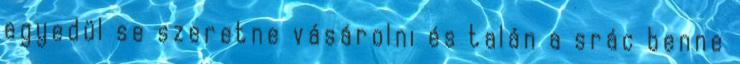
egyedül se szeretne vásárolni és talán a srác benne